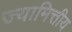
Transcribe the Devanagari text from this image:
ज्यामित्तीय